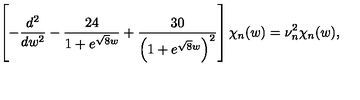
\left[ - \frac { d ^ { 2 } } { d w ^ { 2 } } - \frac { 2 4 } { 1 + e ^ { \sqrt { 8 } w } } + \frac { 3 0 } { \left( 1 + e ^ { \sqrt { 8 } w } \right) ^ { 2 } } \right] \chi _ { n } ( w ) = \nu _ { n } ^ { 2 } \chi _ { n } ( w ) ,